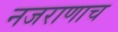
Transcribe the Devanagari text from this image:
नजराणाच